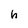
Character: h